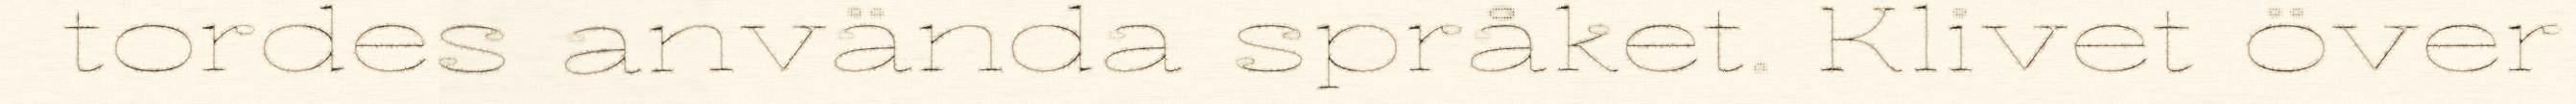
tordes använda språket. Klivet över